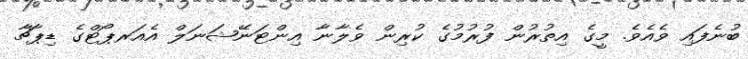
ބުނެފައި ވެއެވެ. މީގެ އިތުރުން ފުރުމުގެ ކުރިން ވެލާނާ އިންޓަނޭޝަނަލް އެއަރޕޯޓްގެ ޑިޕާޗާ